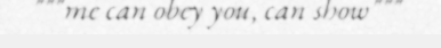
"""me can obey you, can show"""